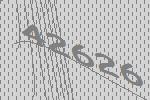
42626